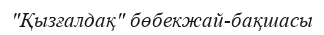
"Қызғалдақ" бөбекжай-бақшасы